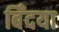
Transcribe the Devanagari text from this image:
बिँदया